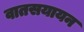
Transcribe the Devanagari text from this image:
वातसयायन